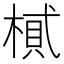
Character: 𣖿